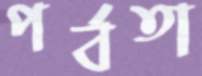
পর্বতা